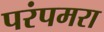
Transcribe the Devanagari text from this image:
परंपमरा